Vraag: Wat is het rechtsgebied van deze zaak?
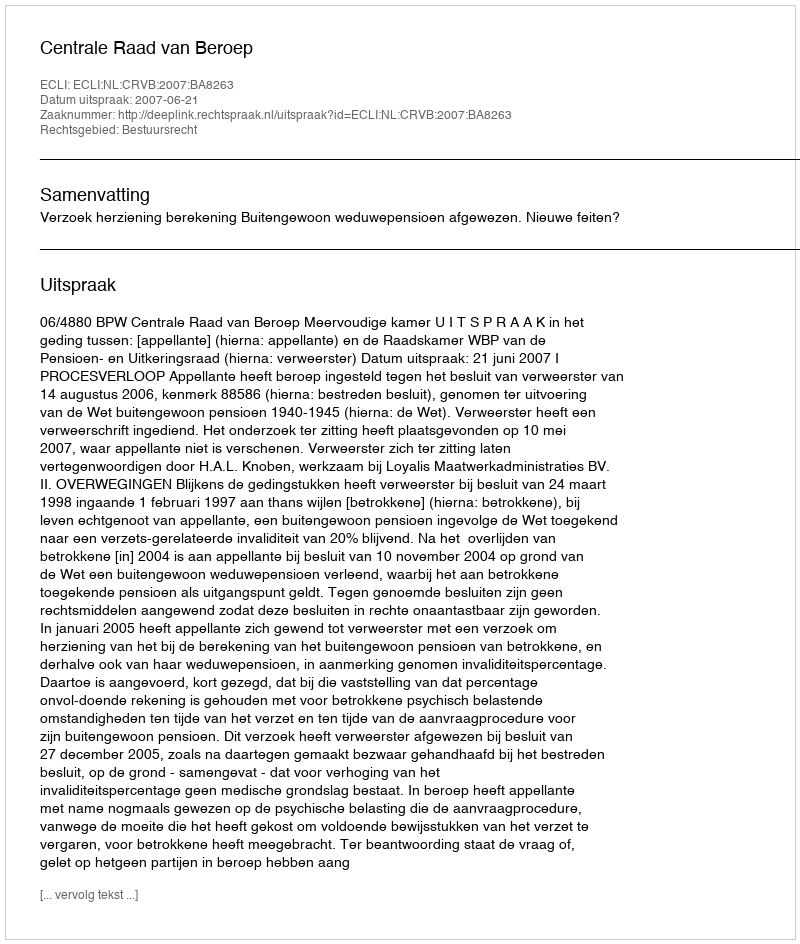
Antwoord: Bestuursrecht